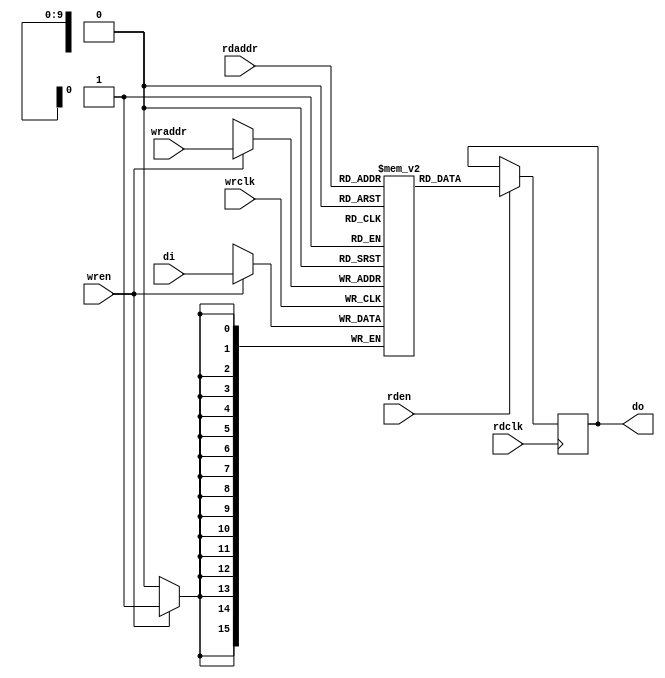
module ram0(
    // Write port
    input wrclk,
    input [15:0] di,
    input wren,
    input [9:0] wraddr,
    // Read port
    input rdclk,
    input rden,
    input [9:0] rdaddr,
    output reg [15:0] do);

    (* ram_style = "block" *) reg [15:0] ram[0:1023];

    initial begin
        ram[0] = 16'b00000000_00000001;
        ram[1] = 16'b10101010_10101010;
        ram[2] = 16'b01010101_01010101;
        ram[3] = 16'b11111111_11111111;
        ram[4] = 16'b11110000_11110000;
        ram[5] = 16'b00001111_00001111;
        ram[6] = 16'b11001100_11001100;
        ram[7] = 16'b00110011_00110011;
        ram[8] = 16'b00000000_00000010;
        ram[9] = 16'b00000000_00000100;
    end

    always @ (posedge wrclk) begin
        if(wren == 1) begin
            ram[wraddr] <= di;
        end
    end

    always @ (posedge rdclk) begin
        if(rden == 1) begin
            do <= ram[rdaddr];
        end
    end

endmodule

module top (
    input  wire clk,

    input  wire rx,
    output wire tx,

    input  wire [15:0] sw,
    output wire [15:0] led
);
    wire rden;
    reg wren;
    wire [9:0] rdaddr;
    wire [9:0] wraddr;
    wire [15:0] di;
    wire [15:0] do;
    ram0 ram(
        .wrclk(clk),
        .di(di),
        .wren(wren),
        .wraddr(wraddr),
        .rdclk(clk),
        .rden(rden),
        .rdaddr(rdaddr),
        .do(do)
    );

    reg [9:0] address_reg;
    reg [15:0] data_reg;
    reg [15:0] out_reg;

    assign rdaddr = address_reg;
    assign wraddr = address_reg;

    // display_mode == 00 -> ram[address_reg]
    // display_mode == 01 -> address_reg
    // display_mode == 10 -> data_reg
    wire [1:0] display_mode;

    // input_mode == 00 -> in[9:0] -> address_reg
    // input_mode == 01 -> in[7:0] -> data_reg[7:0]
    // input_mode == 10 -> in[7:0] -> data_reg[15:8]
    // input_mode == 11 -> data_reg -> ram[address_reg]
    wire [1:0] input_mode;

    // WE == 0 -> address_reg and data_reg unchanged.
    // WE == 1 -> address_reg or data_reg is updated because on input_mode.
    wire we;

    assign display_mode[0] = sw[14];
    assign display_mode[1] = sw[15];

    assign input_mode[0] = sw[12];
    assign input_mode[1] = sw[13];

    assign we = sw[11];
    assign led = out_reg;
    assign di = data_reg;
    assign rden = 1;

    initial begin
        address_reg = 10'b0;
        data_reg = 16'b0;
        out_reg = 16'b0;
    end

    always @ (posedge clk) begin
        if(display_mode == 0) begin
            out_reg <= do;
        end else if(display_mode == 1) begin
            out_reg <= address_reg;
        end else if(display_mode == 2) begin
            out_reg <= data_reg;
        end

        if(we == 1) begin
            if(input_mode == 0) begin
                address_reg <= sw[9:0];
                wren <= 0;
            end else if(input_mode == 1) begin
                data_reg[7:0] <= sw[7:0];
                wren <= 0;
            end else if(input_mode == 2) begin
                data_reg[15:8] <= sw[7:0];
                wren <= 0;
            end else if(input_mode == 3) begin
                wren <= 1;
            end
        end
    end

    // Uart loopback
    assign tx = rx;
endmodule